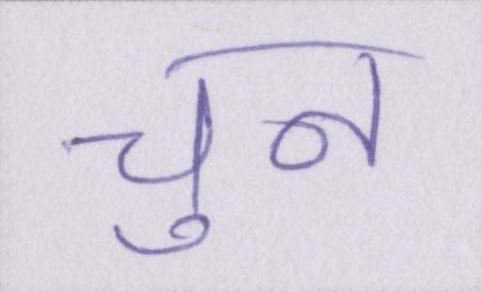
चुन